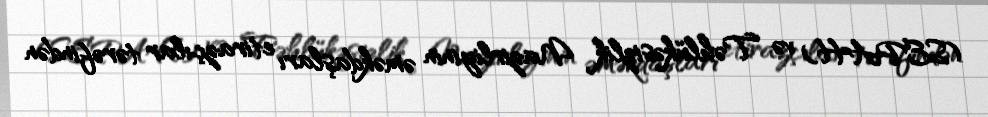
(SEPAH) və Təhlükəsizlik Nazirliyinin əməkdaşları etirazçılar tərəfindən